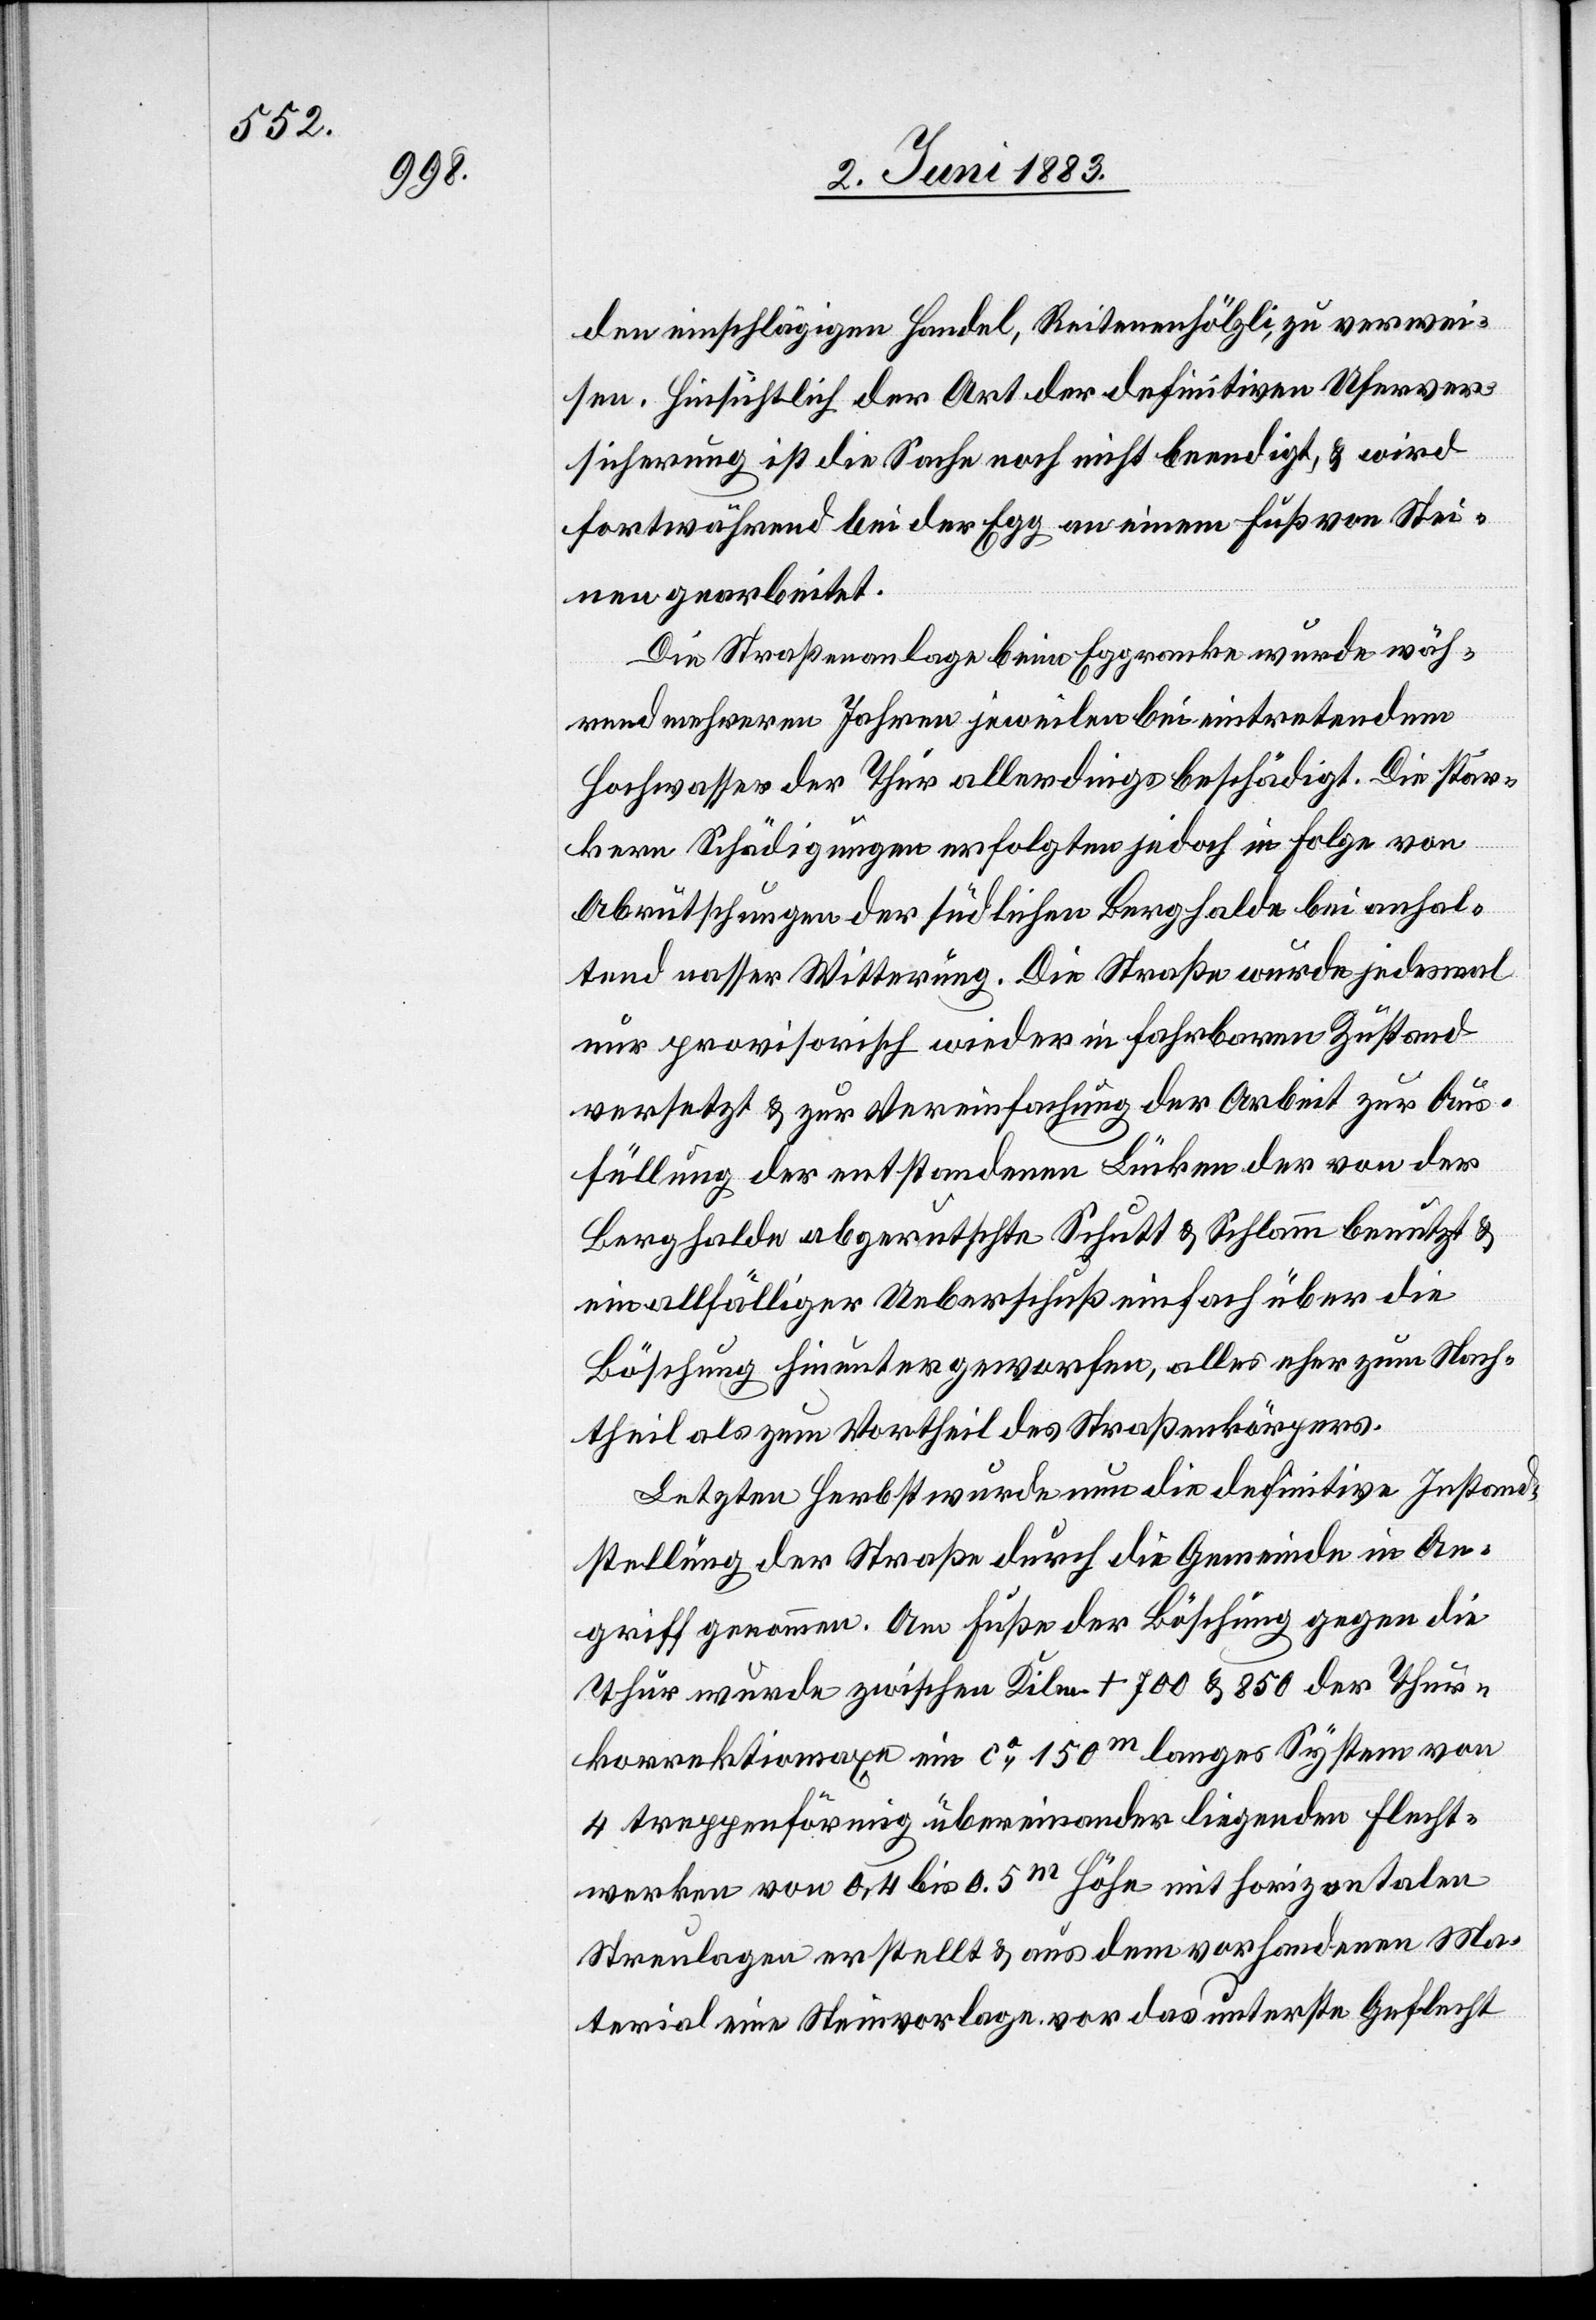
talen

den einschlägigen Handel, Reitenenhölzli, zu verwei¬
sen. Hinsichtlich der Art der definitiven Uferver¬
sicherung ist die Sache noch nicht beendigt, & wird
fortwährend bei der Egg an einem Fuß von Stei¬
nen gearbeitet.
Die Straßenanlage beim Eggranke wurde wäh¬
rend mehreren Jahren jeweilen bei eintretendem
Hochwasser der Thur allerdings beschädigt. Die stär¬
keren Schädigungen erfolgten jedoch in Folge von
Abrutschungen der südlichen Berghalde bei anhal¬
tend nasser Witterung. Die Straße wurde jedesmal
nur provisorisch wieder in fahrbaren Zustand
versetzt & zur Vereinfachung der Arbeit zur Aus¬
füllung der entstandenen Lücken der von der
Berghalde abgerutschte Schutt & Schlamm benutzt &
ein allfälliger Ueberschuß einfach über die
Böschung hinunter geworfen, alles eher zum Nach¬
theil als zum Vortheil des Straßenkörpers.
Letzten Herbst wurde nun die definitive Instand¬
stellung der Straße durch die Gemeinde in An¬
griff genommen. Am Fuße der Böschung gegen die
Thur wurde zwischen Kilm. +700 & 850 der Thur¬
korrektionsaxe ein ca 150m Höhe mit horizon¬
Streulagen erstellt & aus dem vorhandenen Ma¬
terial eine Steinvorlage vor das unterste Geflecht